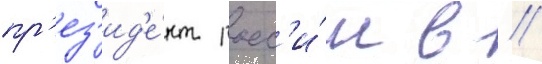
пр'ез'ид'е́нт росс'и́и в //